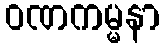
ဝဏကမ္မနာ